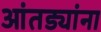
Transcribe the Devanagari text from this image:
आंतड्यांना